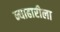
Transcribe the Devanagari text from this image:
न्याहारीला